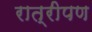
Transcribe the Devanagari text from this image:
रात्रीपण